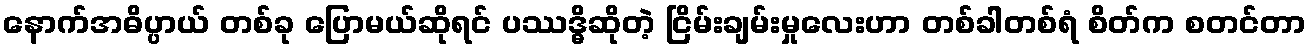
နောက်အဓိပ္ပာယ် တစ်ခု ပြောမယ်ဆိုရင် ပဿဒ္ဓိဆိုတဲ့ ငြိမ်းချမ်းမှုလေးဟာ တစ်ခါတစ်ရံ စိတ်က စတင်တာ